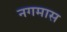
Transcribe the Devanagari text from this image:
नगमास